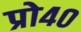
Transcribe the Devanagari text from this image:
प्रो४०